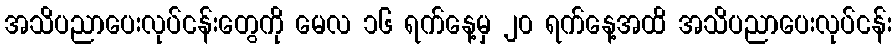
အသိပညာပေးလုပ်ငန်းတွေကို မေလ ၁၆ ရက်နေ့မှ ၂၀ ရက်နေ့အထိ အသိပညာပေးလုပ်ငန်း